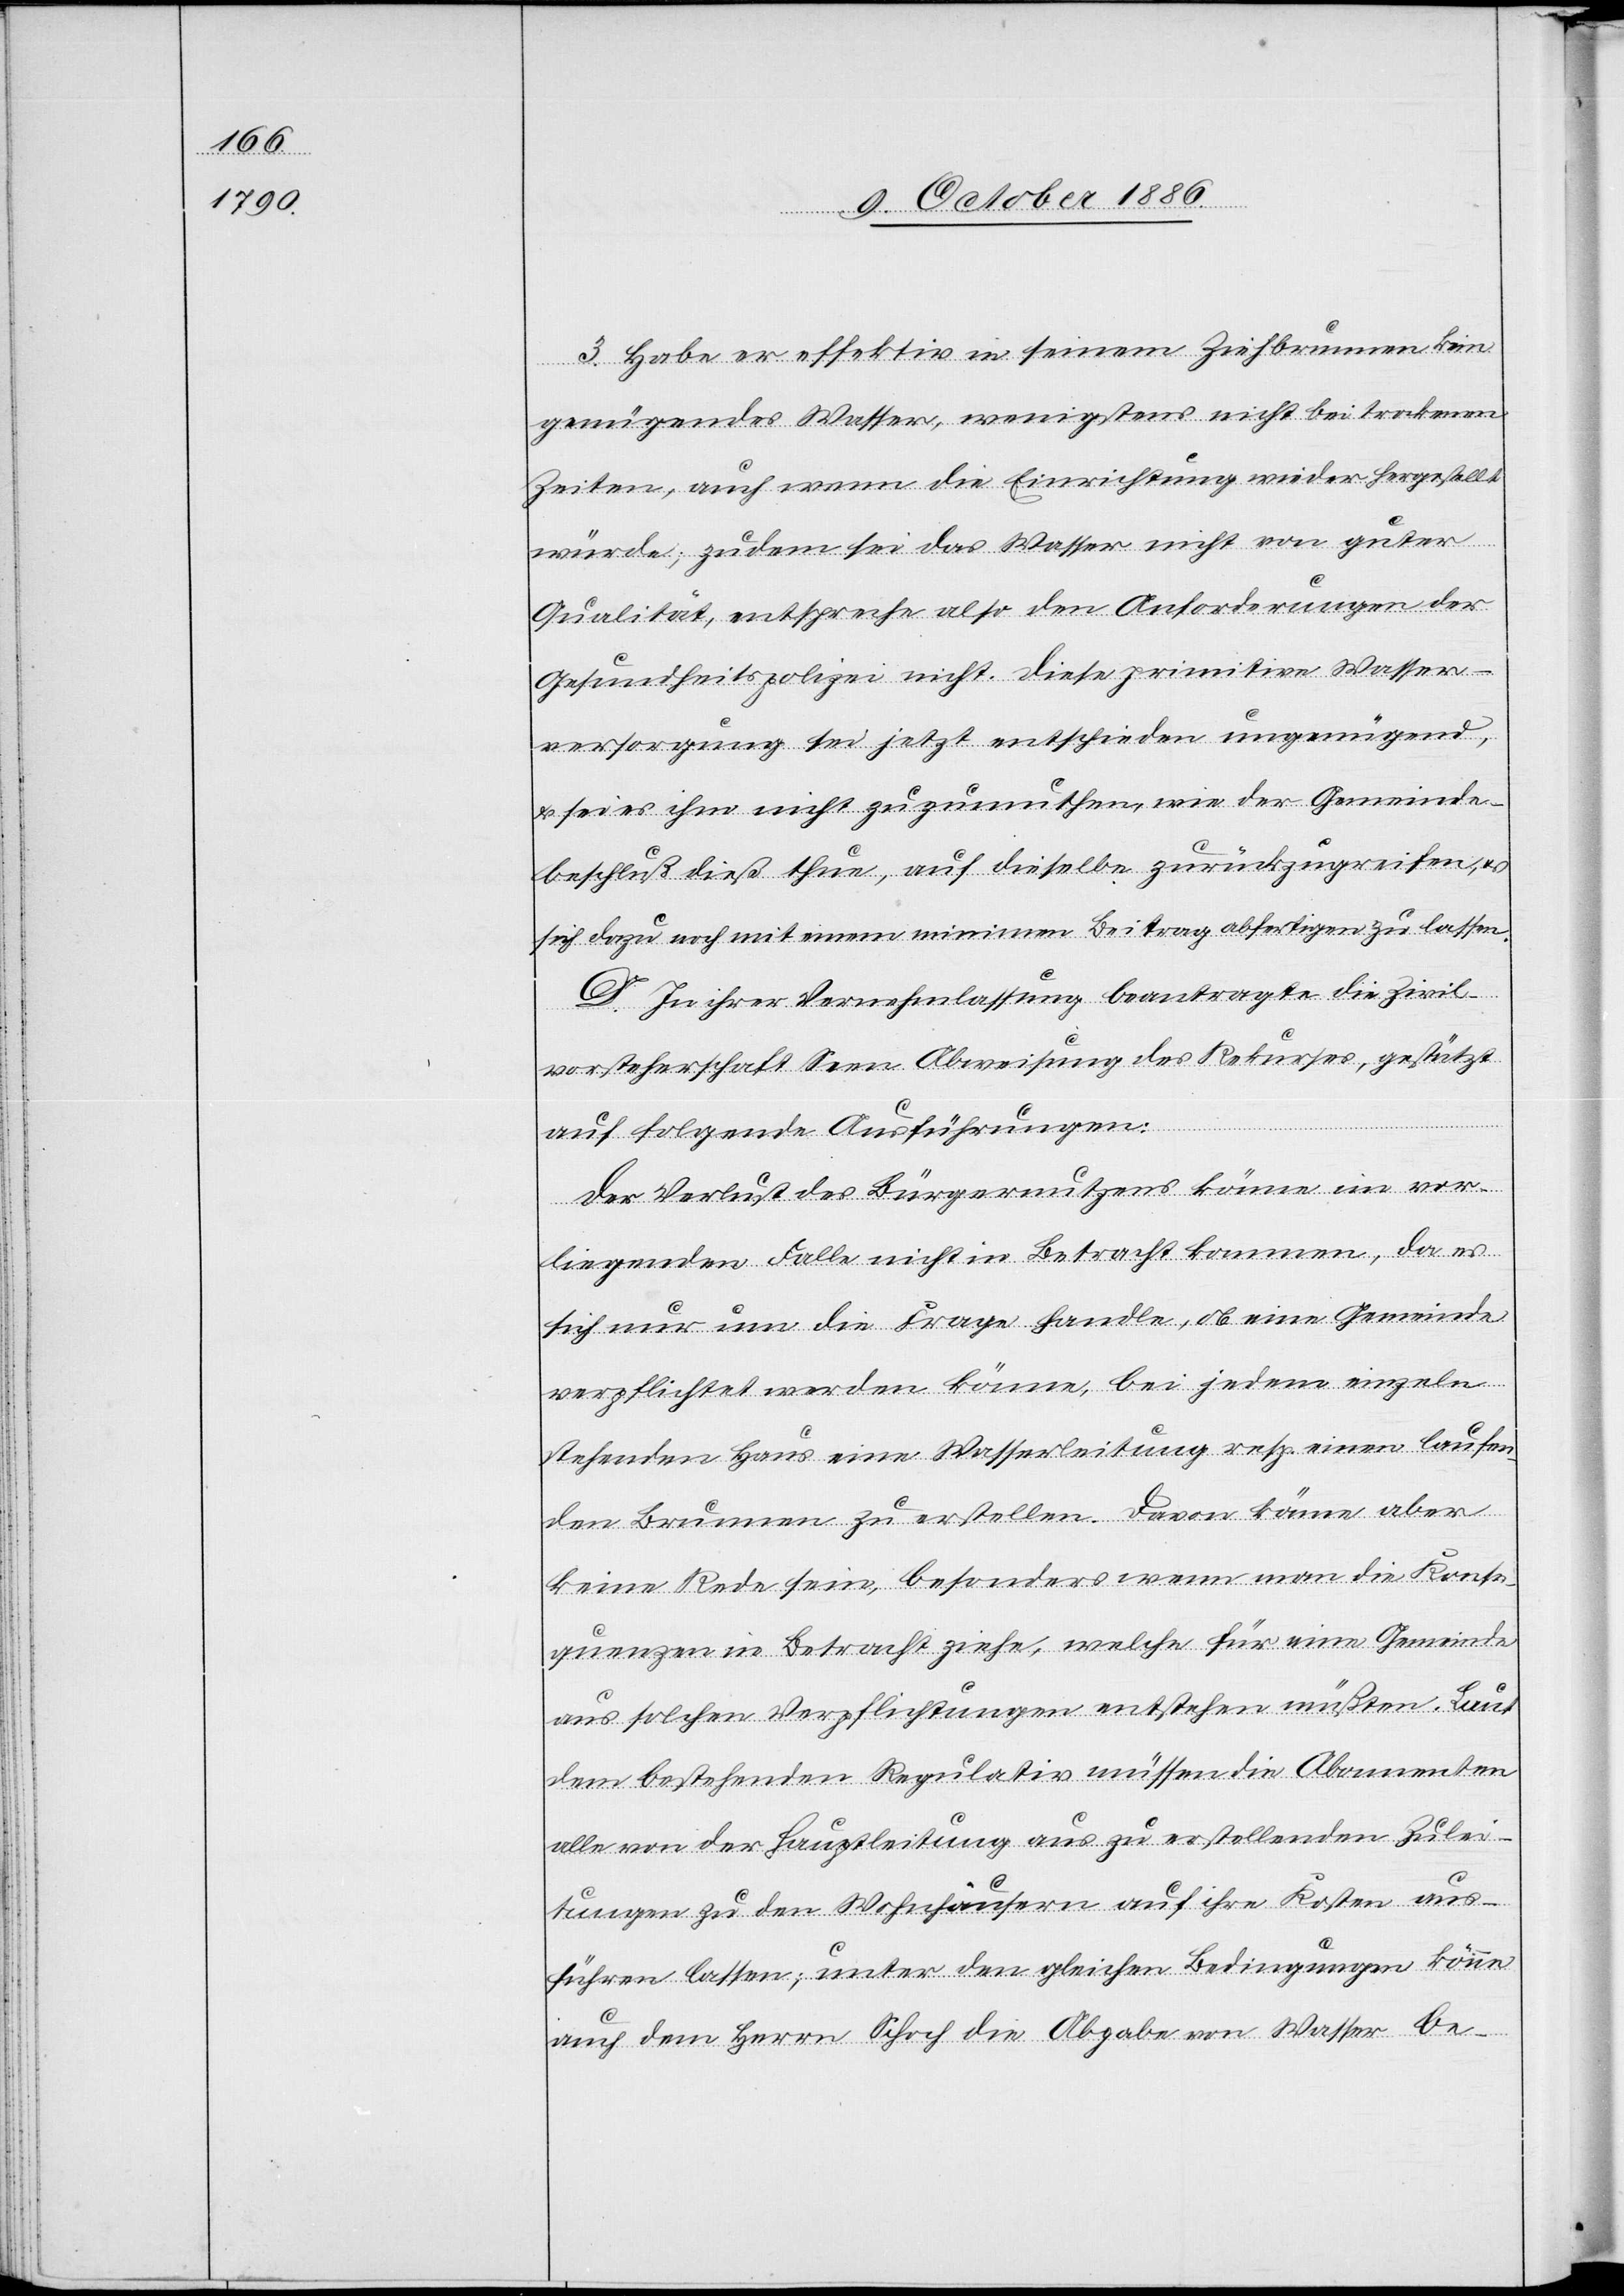
3. Habe er effektiv in seinem Ziehbrunnen kein
genügendes Wasser, wenigstens nicht bei trockenen
Zeiten, auch wenn die Einrichtung wieder hergestellt
würde; zudem sei das Wasser nicht von guter
Qualität, entspreche also den Anforderungen der
Gesundheitspolizei nicht. Diese primitive Wasser¬
versorgung sei jetzt entschieden ungenügend,
& sei es ihm nicht zuzumuthen, wie der Gemeinde¬
beschluß dieß thue, auf dieselbe zurückzugreifen, &
sich dazu noch mit einem minimen Beitrag abfertigen zu lassen.
D. In ihrer Vernehmlassung beantragte die Zivil¬
vorsteherschaft Seen Abweisung des Rekurses, gestützt
auf folgende Ausführungen:
Der Verlust des Bürgernutzens könne im vor¬
liegenden Falle nicht in Betracht kommen, da es
sich nur um die Frage handle, ob eine Gemeinde
verpflichtet werden könne, bei jedem einzeln
stehenden Haus eine Wasserleitung resp. einen laufen¬
den Brunnen zu erstellen. Davon könne aber
keine Rede sein, besonders wenn man die Konse¬
quenzen in Betracht ziehe, welche für eine Gemeinde
aus solchen Verpflichtungen entstehen müßten. Laut
dem bestehenden Regulativ müssen die Abonnenten
alle von der Hauptleitung aus zu erstellenden Zulei¬
tungen zu den Wohnhäusern auf ihre Kosten aus¬
führen lassen; unter den gleichen Bedingungen könne
auch dem Herrn Schoch die Abgabe von Wasser be-